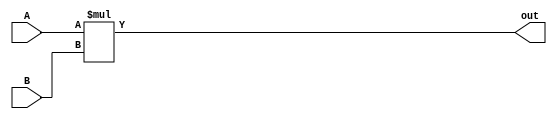
`timescale 1ns / 1ps
//////////////////////////////////////////////////////////////////////////////////
// Company: 
// Engineer: 
// 
// Design Name: 
// Module Name: Multiplier_32Bit_C
// Project Name: 
// Target Devices: 
// Tool Versions: 
// Description: 
// 
// Dependencies: 
// 
// Revision:
// Revision 0.01 - File Created
// Additional Comments:
// 
//////////////////////////////////////////////////////////////////////////////////


module Multiplier_32Bit_C(A, B, out);

input [31:0] A, B;
output [31:0] out;

assign out = A * B;

endmodule